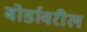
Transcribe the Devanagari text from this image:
बोर्डावरील